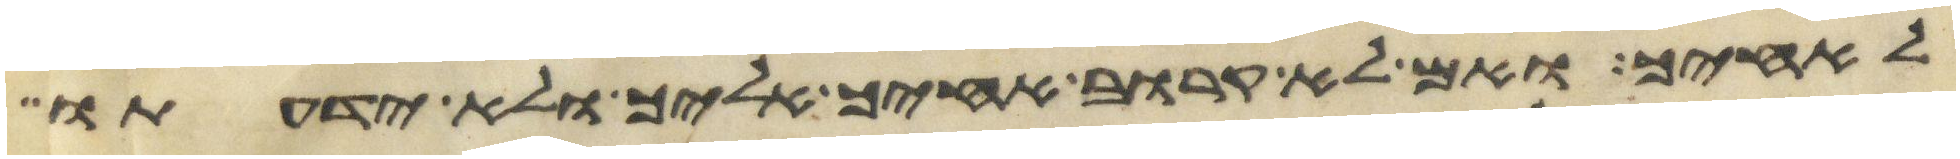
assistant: לאחיך ואם לא קרוב אחיך אליך ולא ידעתו